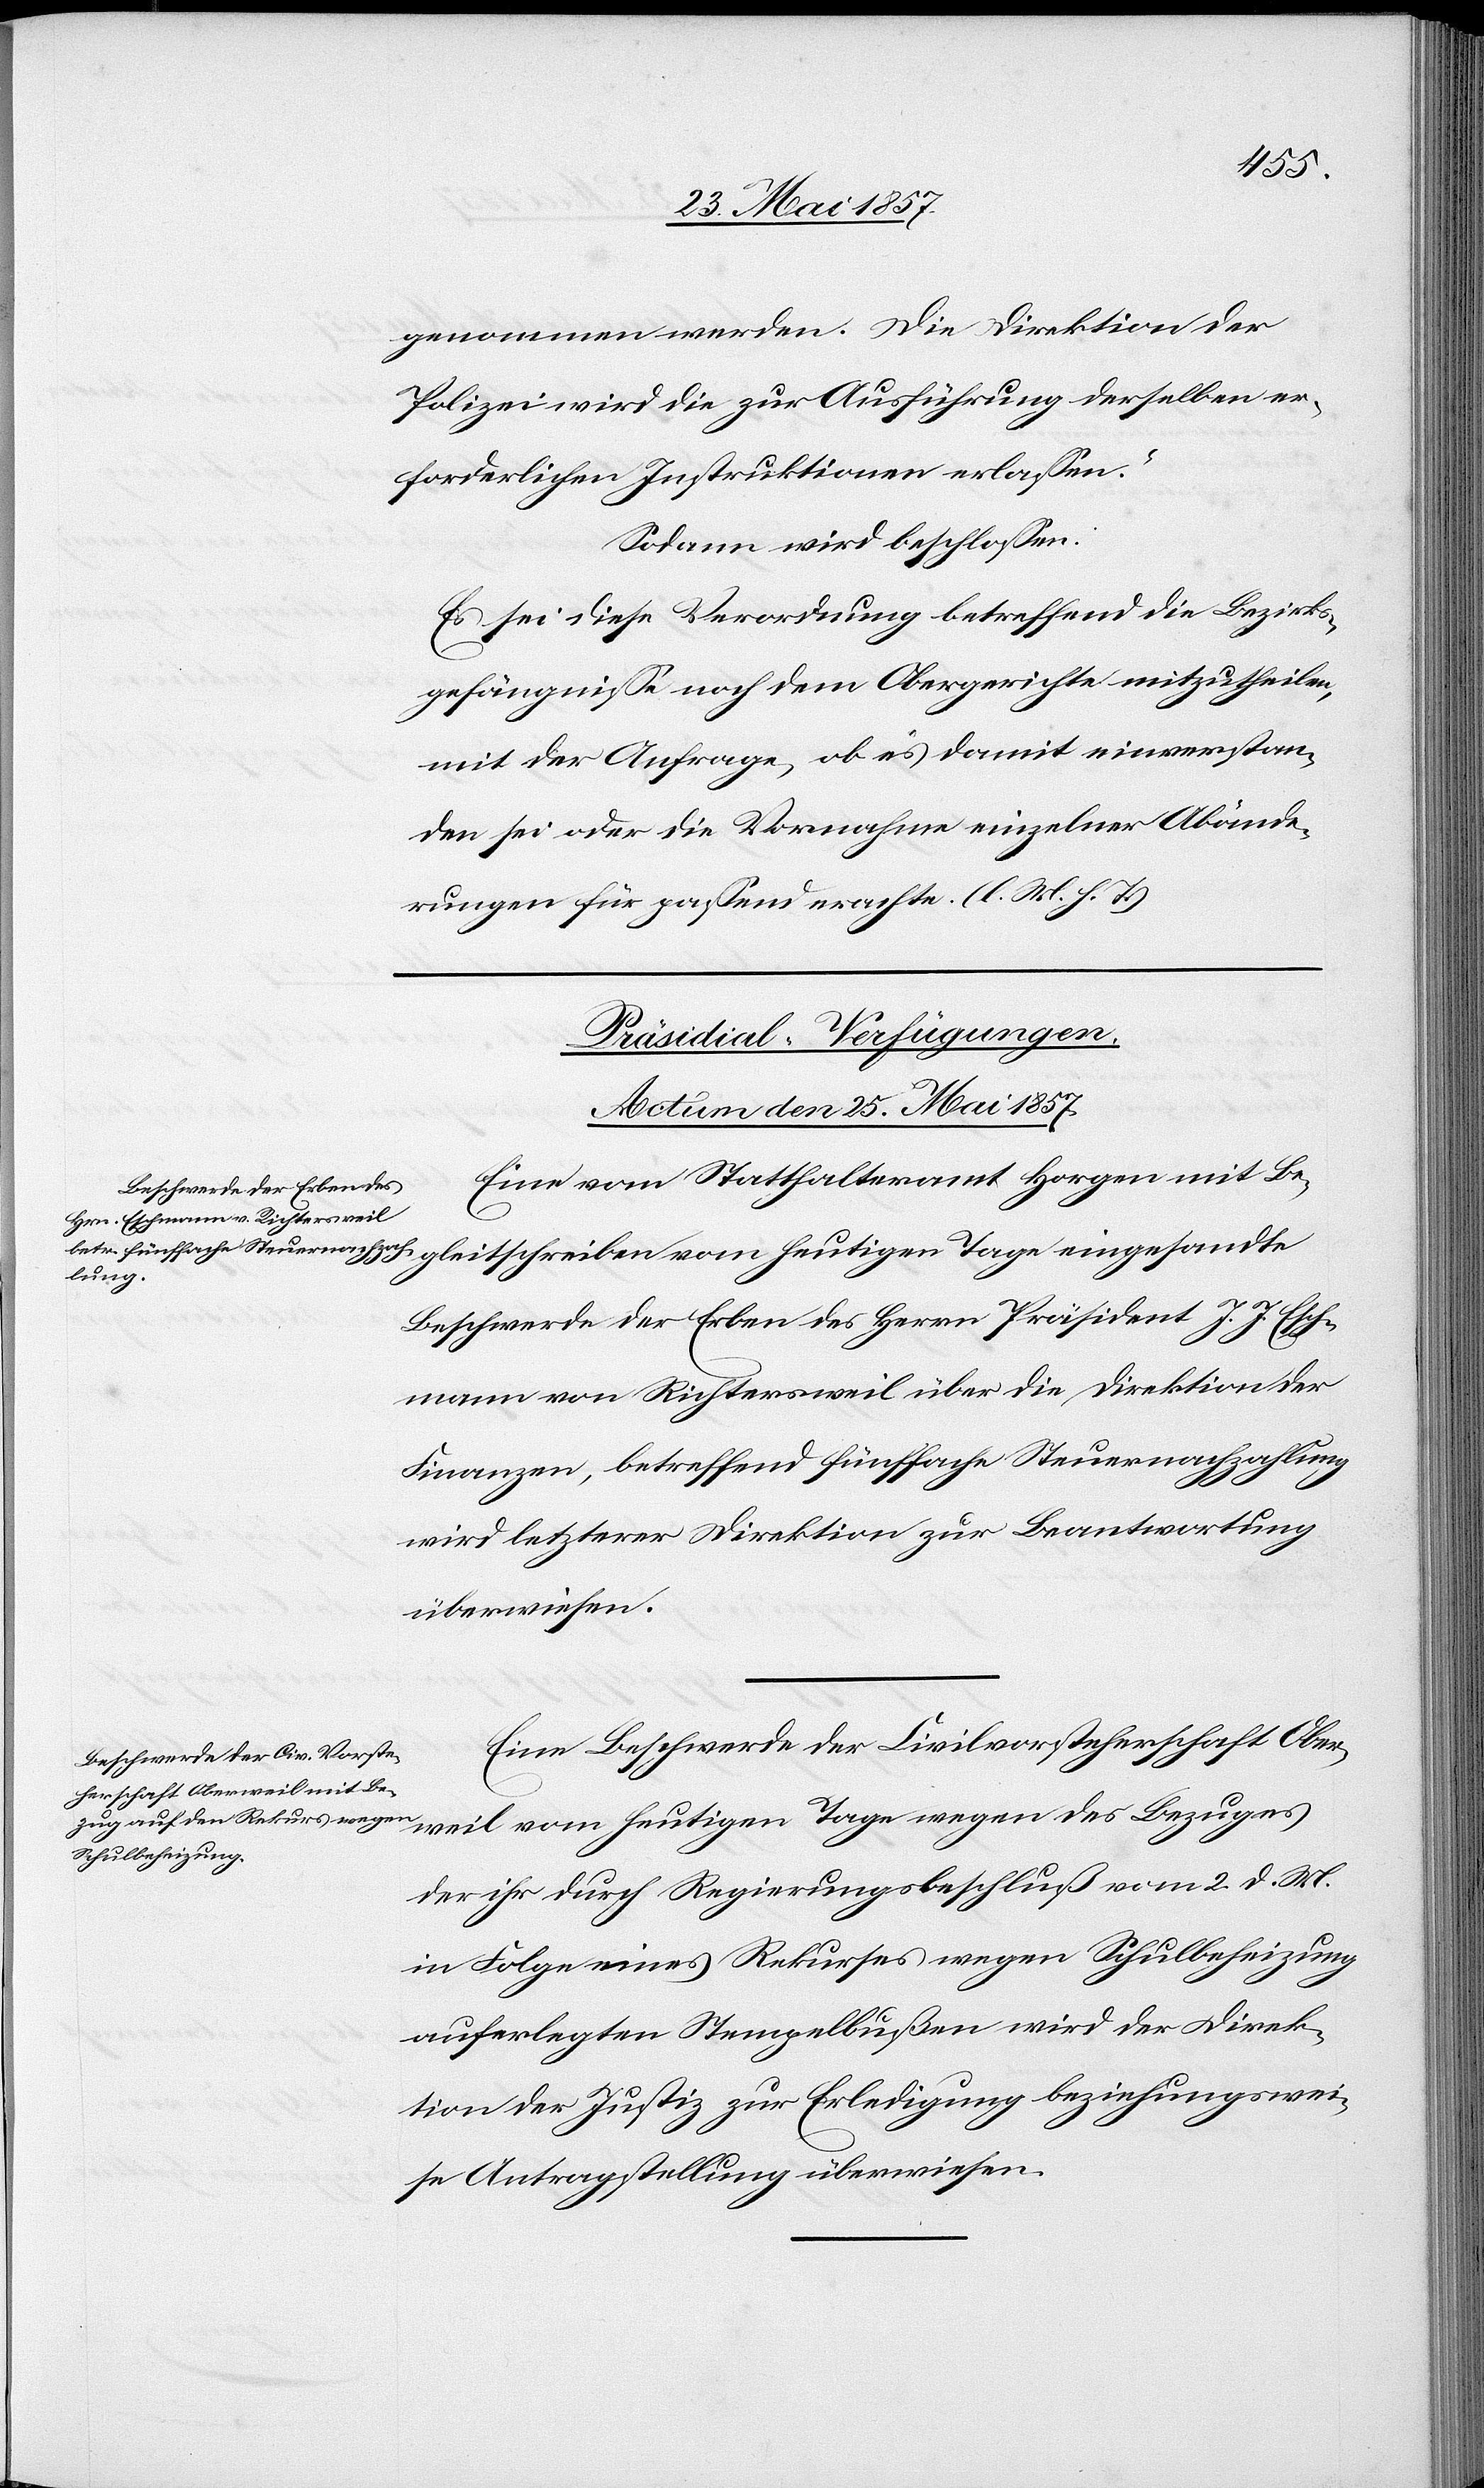
genommen werden. Die Direktion der
Polizei wird die zur Ausführung derselben er¬
forderlichen Instruktionen erlassen.“
Sodann wird beschlossen:
Es sei diese Verordnung betreffend die Bezirks¬
gefängnisse noch dem Obergerichte mitzutheilen,
mit der Anfrage, ob es damit einverstan¬
den sei oder die Vornahme einzelner Abände¬
rungen für passend erachte. [l. M. h. T]
[Präsidial-Verfügungen.
Actum den 25 Mai 1857.]
Eine vom Statthalteramt Horgen mit Be¬
sandte
Beschwerde der Erben des Herrn Präsident J. J. Esch¬
mann von Richtersweil über die Direktion der
Finanzen, betreffend fünffache Steuernachzahlung
wird letzterer Direktion zur Beantwortung
überwiesen.
Eine Beschwerde der Civilvorsteherschaft Ober¬
weil vom heutigen Tage wegen des Bezuges
der ihr durch Regierungsbeschluß vom 2 d. M.
in Folge eines Rekurses wegen Schulbeheizung
auferlegten Stempelbußen wird der Direk¬
tion der Justiz zur Erledigung beziehungswei¬
se Antragstellung überwiesen.